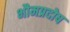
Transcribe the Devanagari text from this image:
भौमप्रदोष